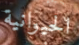
الحيوانية